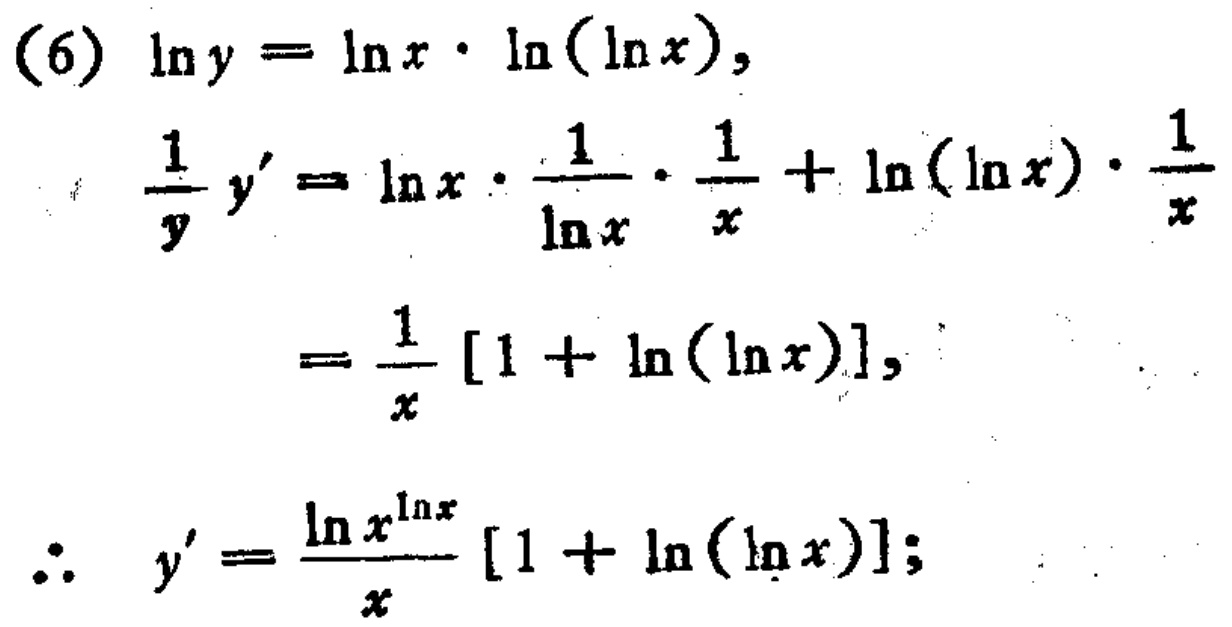
\begin{align*}
&\text{(6) }\ln y = \ln x\cdot\ln(\ln x),\\
&\frac{1}{y}y'=\ln x\cdot\frac{1}{\ln x}\cdot\frac{1}{x}+\ln(\ln x)\cdot\frac{1}{x}\\
&=\frac{1}{x}[1 + \ln(\ln x)],\\
&\therefore\ y'=\frac{\ln x^{\ln x}}{x}[1 + \ln(\ln x)];
\end{align*}